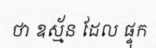
ថា ឧស្ម័ន ដែល ផ្ទុក